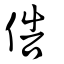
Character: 俈